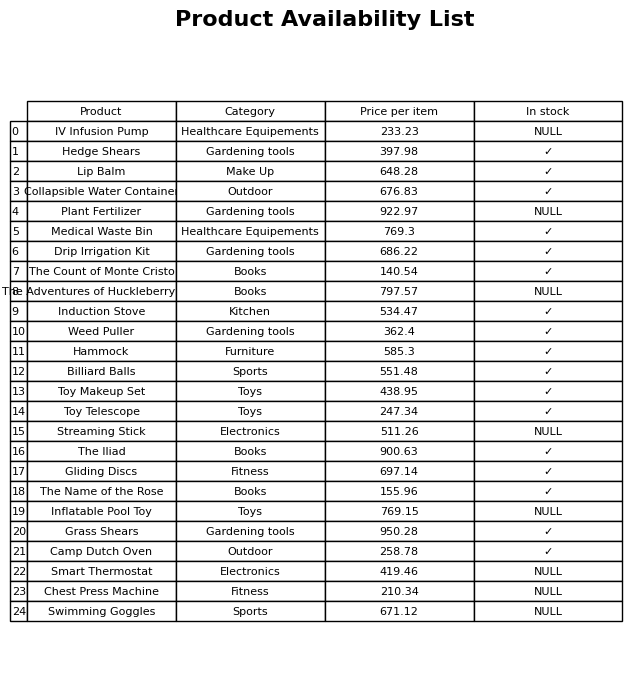
question: What is the price of the Chest Press Machine?
answer: The price of Chest Press Machine is 210.34.